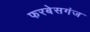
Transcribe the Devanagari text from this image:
फरबेसगंज